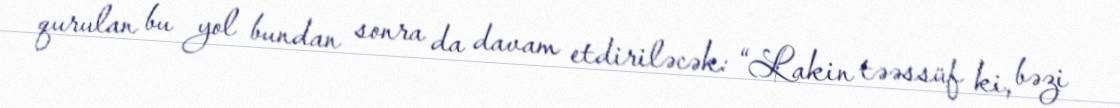
qurulan bu yol bundan sonra da davam etdiriləcək: “Lakin təəssüf ki, bəzi